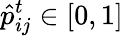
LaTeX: \hat{p}_{ij}^{t}\in[0,1]